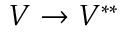
V \to V ^ { * * }